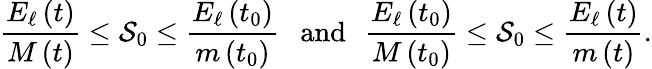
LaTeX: \frac{E_{\ell}\left(t\right)}{M\left(t\right)}\leq\mathcal{S}_{0}\leq\frac{E_{\ell}\left(t_{0}\right)}{m\left(t_{0}\right)}\mathrm{~\ \ and~\, ~}\frac{E_{\ell}\left(t_{0}\right)}{M\left(t_{0}\right)}\leq\mathcal{S}_{0}\leq\frac{E_{\ell}\left(t\right)}{m\left(t\right)}.